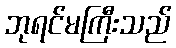
ဘုရင်မကြီးသည်